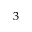
3